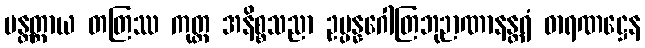
မန္တတ္ထာယ တတြဿ ကုတ္ထ အနိစ္စသညာ ဥပ္ပန္နဂေါတြဘုဉာဏာနန္တရံ ဓာရဏဋ္ဌေန